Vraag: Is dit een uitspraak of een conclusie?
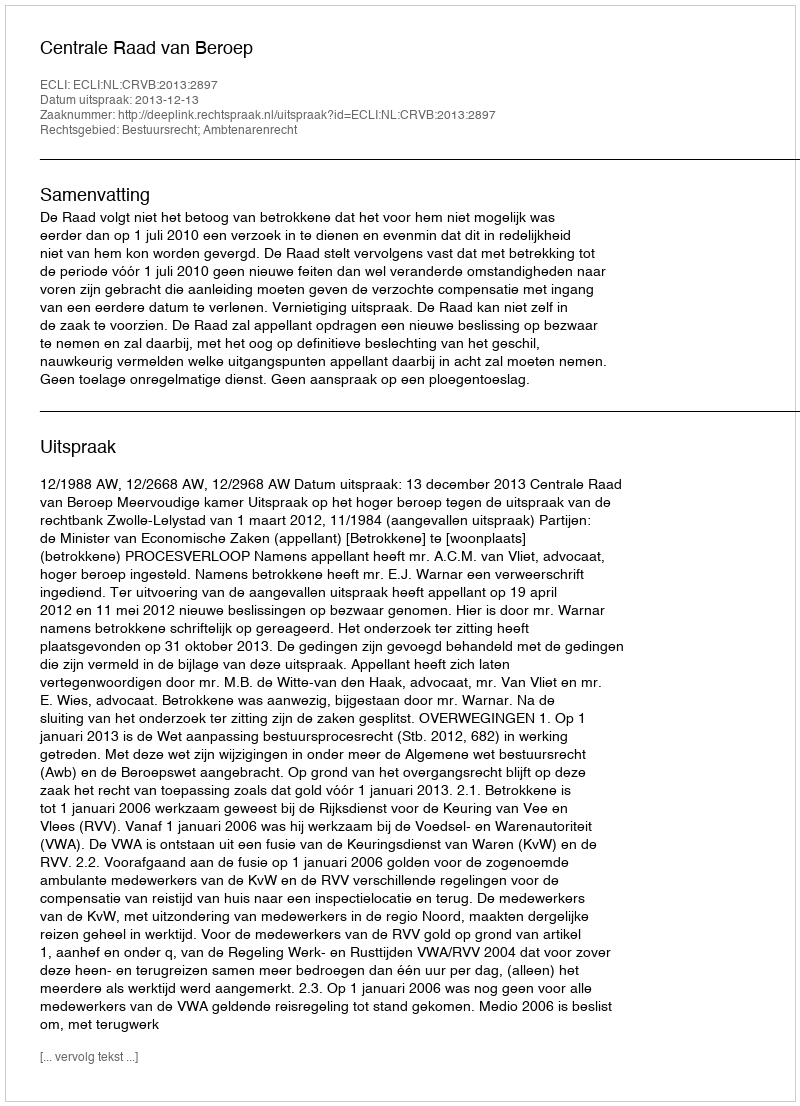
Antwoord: Uitspraak